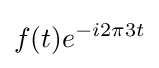
f(t)e^{-i2\pi 3t}